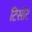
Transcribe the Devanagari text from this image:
टिसॉट